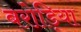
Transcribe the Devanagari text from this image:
बरोड़िया